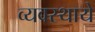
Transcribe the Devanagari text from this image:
व्यवस्थाये